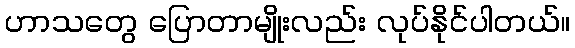
ဟာသတွေ ပြောတာမျိုးလည်း လုပ်နိုင်ပါတယ်။